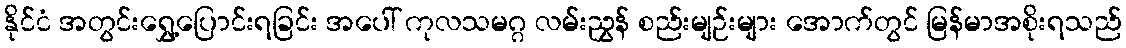
နိုင်ငံ အတွင်းရွှေ့ပြောင်းရခြင်း အပေါ် ကုလသမဂ္ဂ လမ်းညွှန် စည်းမျဉ်းများ အောက်တွင် မြန်မာအစိုးရသည်